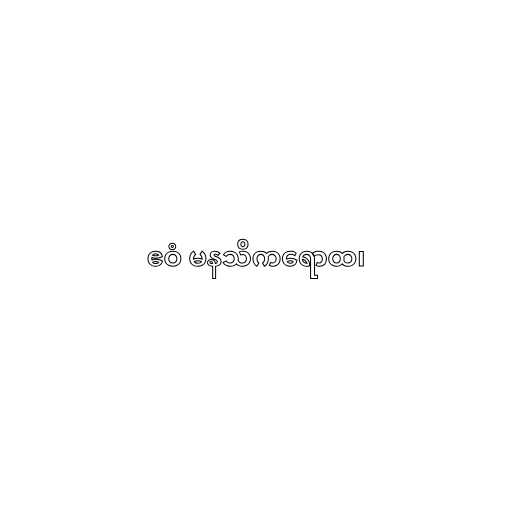
ဧဝံ မနသိကရောထ၊